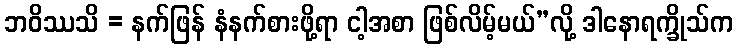
ဘဝိဿသိ = နက်ဖြန် နံနက်စားဖို့ရာ ငါ့အစာ ဖြစ်လိမ့်မယ်”လို့ ဒါနောရက္ခိုသ်က